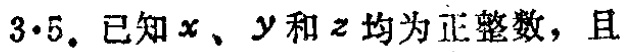
$3\cdot5.$已知$x$、$y$和$z$均为正整数，且